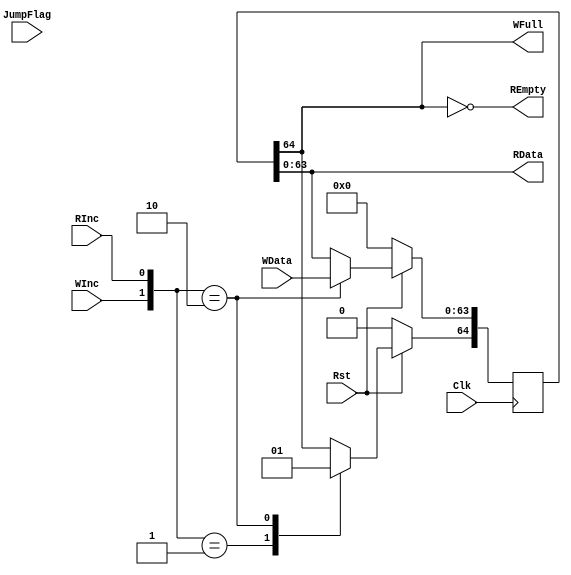
/*
 * @Author: Kai Zhou && zhouk9864@gmail.com
 * @Date: 2022-09-26 20:35:23
 * @LastEditors: Kai Zhou && zhouk9864@gmail.com
 * @LastEditTime: 2022-09-28 10:43:49
 * @FilePath: /Anfield_SOC/vsrc/Anfield/Balotelli/ShareCell/OneDeepthFIFO.v
 * @Description: 1FIFO
 * 
 * Copyright (c) 2022 by Kai Zhou zhouk9864@gmail.com, All Rights Reserved. 
 */


module OneDeepthFIFO
#(
  parameter DataWidth = 64,
  parameter Deepth = 1
)
(
  input Clk,
  input Rst,
  input [DataWidth - 1 : 0] WData,
  input WInc,
  output WFull,
  output [DataWidth - 1 : 0] RData,
  input RInc,
  output REmpty,
  input JumpFlag
);
  
  reg [DataWidth : 0] OneDeepthMem;
  always @(posedge Clk) begin
    if(!Rst) begin
      OneDeepthMem <= 'h0;
    end else begin
      case ({WInc, RInc})
        2'b01 : begin
          OneDeepthMem[DataWidth] <= 1'b0;
          OneDeepthMem[DataWidth - 1 : 0] <= OneDeepthMem[DataWidth - 1 : 0];
        end
        2'b10 : begin
          OneDeepthMem[DataWidth] <= 1'b1;
          OneDeepthMem[DataWidth - 1 : 0] <= WData;
        end
        default : begin

        end
      endcase
    end
  end

  assign RData = OneDeepthMem[DataWidth - 1 : 0];
  assign WFull = OneDeepthMem[DataWidth];
  assign REmpty = !OneDeepthMem[DataWidth];

endmodule